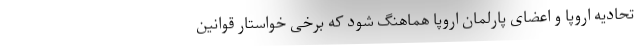
تحادیه اروپا و اعضای پارلمان اروپا هماهنگ شود که برخی خواستار قوانین